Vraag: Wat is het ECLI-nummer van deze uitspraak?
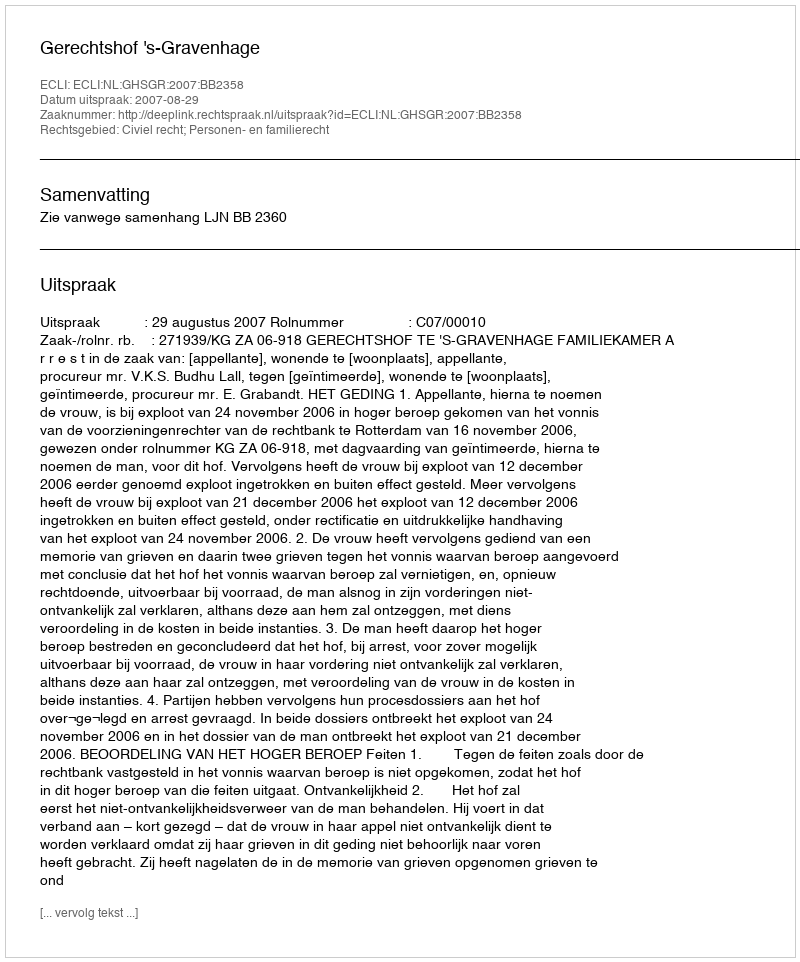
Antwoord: ECLI:NL:GHSGR:2007:BB2358